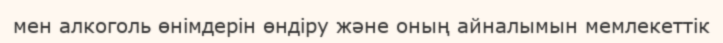
мен алкоголь өнімдерін өндіру және оның айналымын мемлекеттік